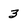
Character: 3